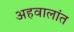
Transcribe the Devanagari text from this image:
अहवालांत